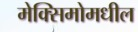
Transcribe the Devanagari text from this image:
मेक्सिमोमधील